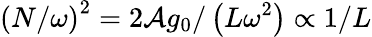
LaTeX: \left(N/\omega\right)^{2}=2\mathcal{A}g_{0}/\left(L\omega^{2}\right)\propto 1/L